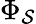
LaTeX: \Phi_{\mathcal{S}}